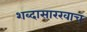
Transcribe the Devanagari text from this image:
शब्दासारखाच